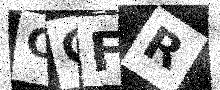
Text: CGFR